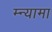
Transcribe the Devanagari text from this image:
म्न्यामा